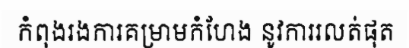
កំពុងរងការគម្រាមកំហែង នូវការរលត់ផុត